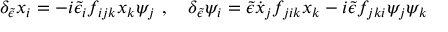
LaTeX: \delta _ { \tilde { \epsilon } } x _ { i } = - i { \tilde { \epsilon } } _ { i } f _ { i j k } x _ { k } \psi _ { j } \ , \quad \delta _ { \tilde { \epsilon } } \psi _ { i } = { \tilde { \epsilon } } { \dot { x } } _ { j } f _ { j i k } x _ { k } - i { \tilde { \epsilon } } f _ { j k i } \psi _ { j } \psi _ { k }